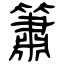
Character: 簫